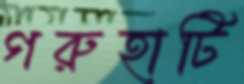
গরুহাটি